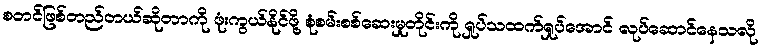
စတင်ဖြစ်တည်တယ်ဆိုတာကို ဖုံးကွယ်နိုင်ဖို့ စုံစမ်းစစ်ဆေးမှုတိုင်းကို ရှုပ်သထက်ရှုပ်အောင် လုပ်ဆောင်နေသလို